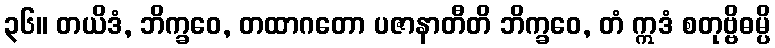
၃၆။ တယိဒံ, ဘိက္ခဝေ, တထာဂတော ပဇာနာတီတိ ဘိက္ခဝေ, တံ ဣဒံ စတုဗ္ဗိဓမ္ပိ